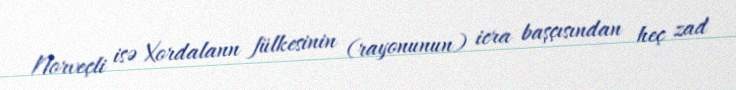
Norveçli isə Xordalann fülkesinin (rayonunun) icra başçısından heç zad